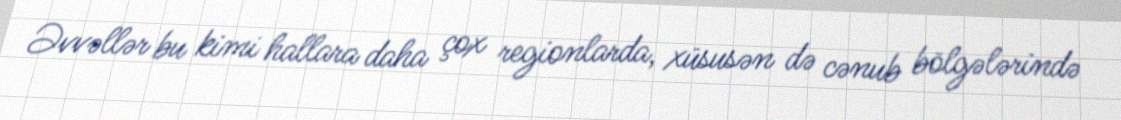
Əvvəllər bu kimi hallara daha çox regionlarda, xüsusən də cənub bölgələrində